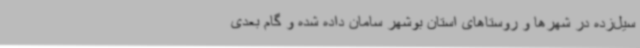
سیل‌زده در شهرها و روستاهای استان بوشهر سامان داده‌ شده و گام بعدی